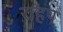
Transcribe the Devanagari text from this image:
राहप